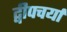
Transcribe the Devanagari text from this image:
द्वीपचर्या